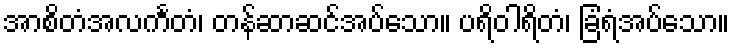
အာစိတံအလင်္ကတံ၊ တန်ဆာဆင်အပ်သော။ ပရိဝါရိတံ၊ ခြံရံအပ်သော။